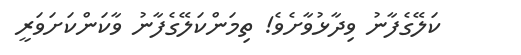
ކަލޭގެފާނު ވިދާޅުވާށެވެ! ތިމަންކަލޭގެފާނު ވާކަންކަށަވަރީ